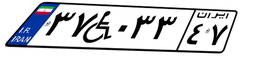
۴۱W۲۹۸۵۳